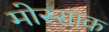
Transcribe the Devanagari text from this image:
मोस्साक